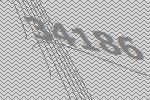
34186